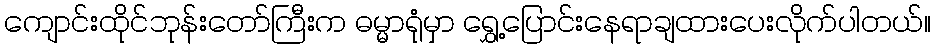
ကျောင်းထိုင်ဘုန်းတော်ကြီးက ဓမ္မာရုံမှာ ရွှေ့ပြောင်းနေရာချထားပေးလိုက်ပါတယ်။